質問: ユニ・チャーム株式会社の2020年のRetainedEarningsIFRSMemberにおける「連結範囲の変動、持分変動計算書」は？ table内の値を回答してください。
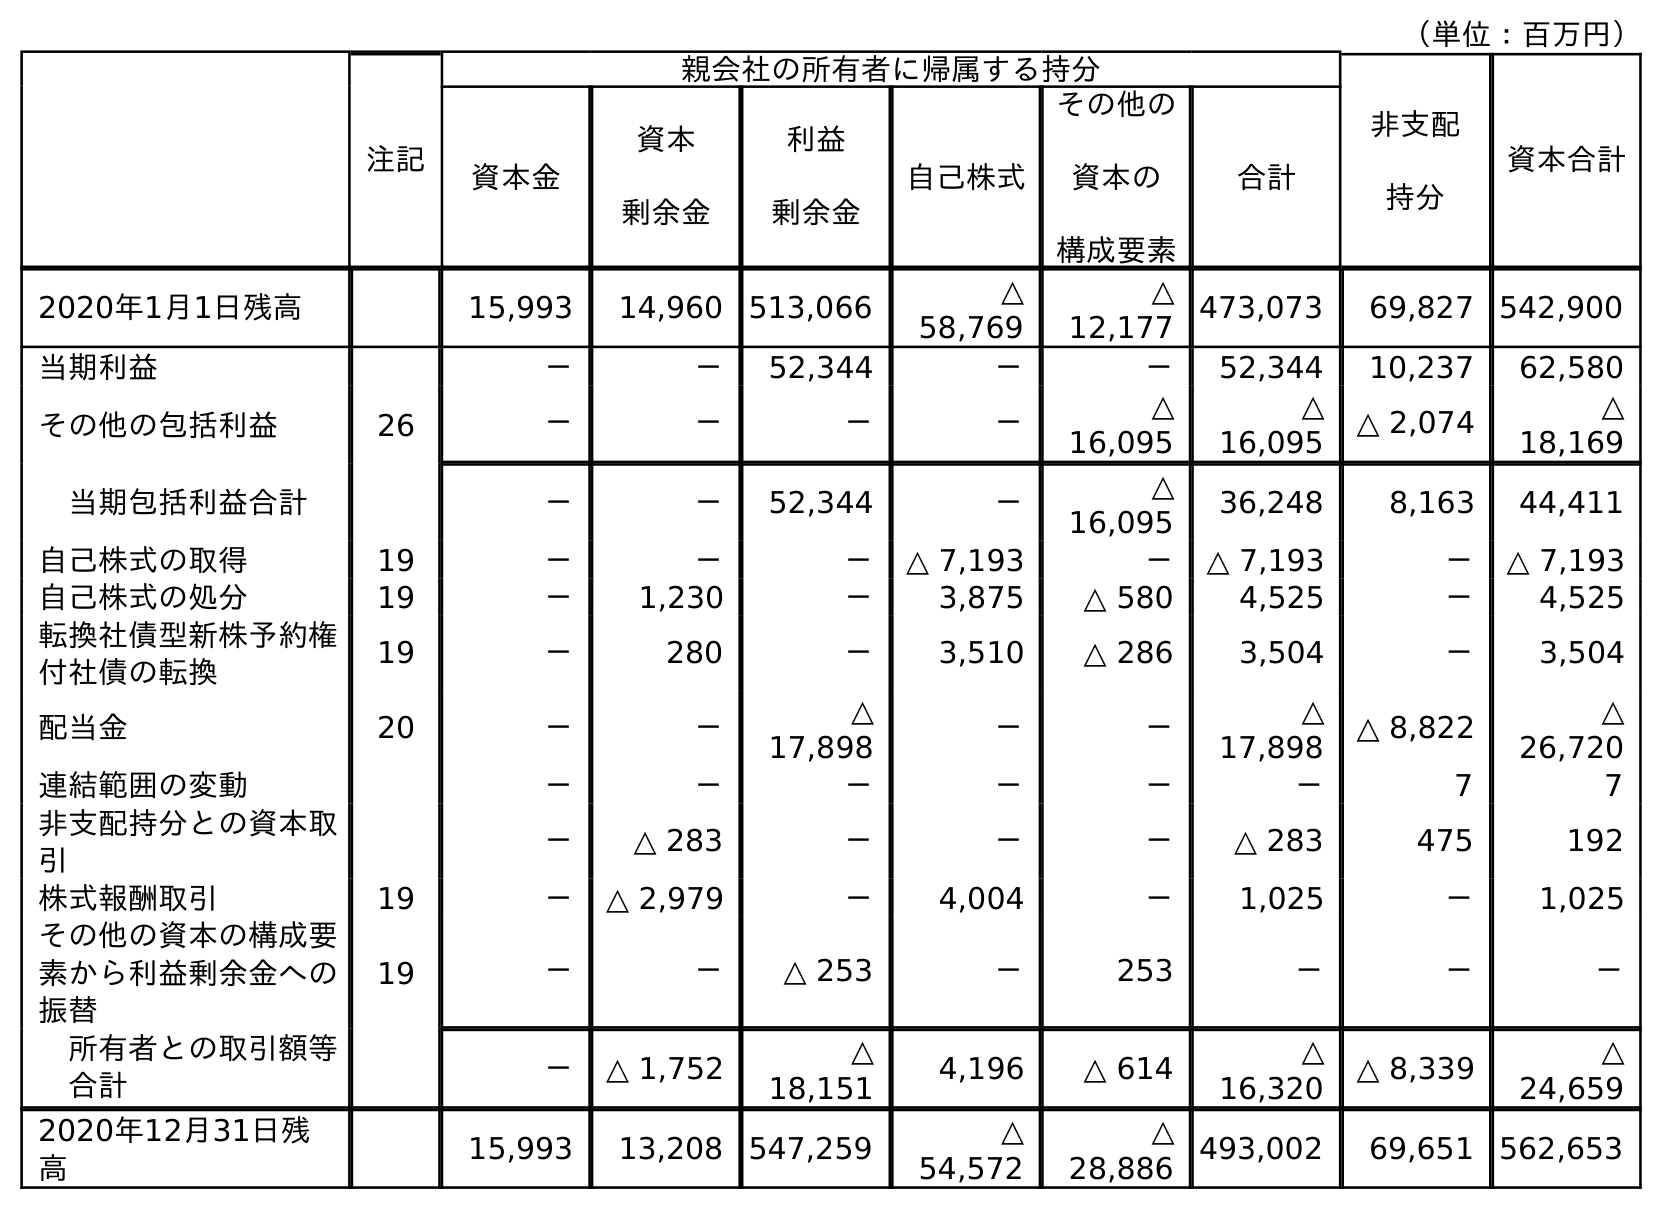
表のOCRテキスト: （単位：百万円） 注記 親会社の所有者に帰属する持分 非支配 持分 資本合計 資本金 資本 剰余金 利益 剰余金 自己株式 その他の 資本の 構成要素 合計 2020年1月1日残高 15,993 14,960 513,066 △ 58,769 △ 12,177 473,073 69,827 542,900 当期利益 － － 52,344 － － 52,344 10,237 62,580 その他の包括利益 26 － － － － △ 16,095 △ 16,095 △ 2,074 △ 18,169 当期包括利益合計 － － 52,344 － △ 16,095 36,248 8,163 44,411 自己株式の取得 19 － － － △ 7,193 － △ 7,193 － △ 7,193 自己株式の処分 19 － 1,230 － 3,875 △ 580 4,525 － 4,525 転換社債型新株予約権 付社債の転換 19 － 280 － 3,510 △ 286 3,504 － 3,504 配当金 20 － － △ 17,898 － － △ 17,898 △ 8,822 △ 26,720 連結範囲の変動 － － － － － － 7 7 非支配持分との資本取 引 － △ 283 － － － △ 283 475 192 株式報酬取引 19 － △ 2,979 － 4,004 － 1,025 － 1,025 その他の資本の構成要 素から利益剰余金への 振替 19 － － △ 253 － 253 － － － 所有者との取引額等 合計 － △ 1,752 △ 18,151 4,196 △ 614 △ 16,320 △ 8,339 △ 24,659 2020年12月31日残 高 15,993 13,208 547,259 △ 54,572 △ 28,886 493,002 69,651 562,653
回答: －